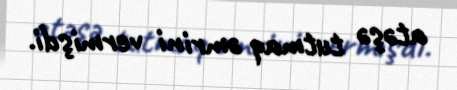
atəşə tutmaq əmrini vermişdi.